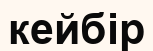
кейбір